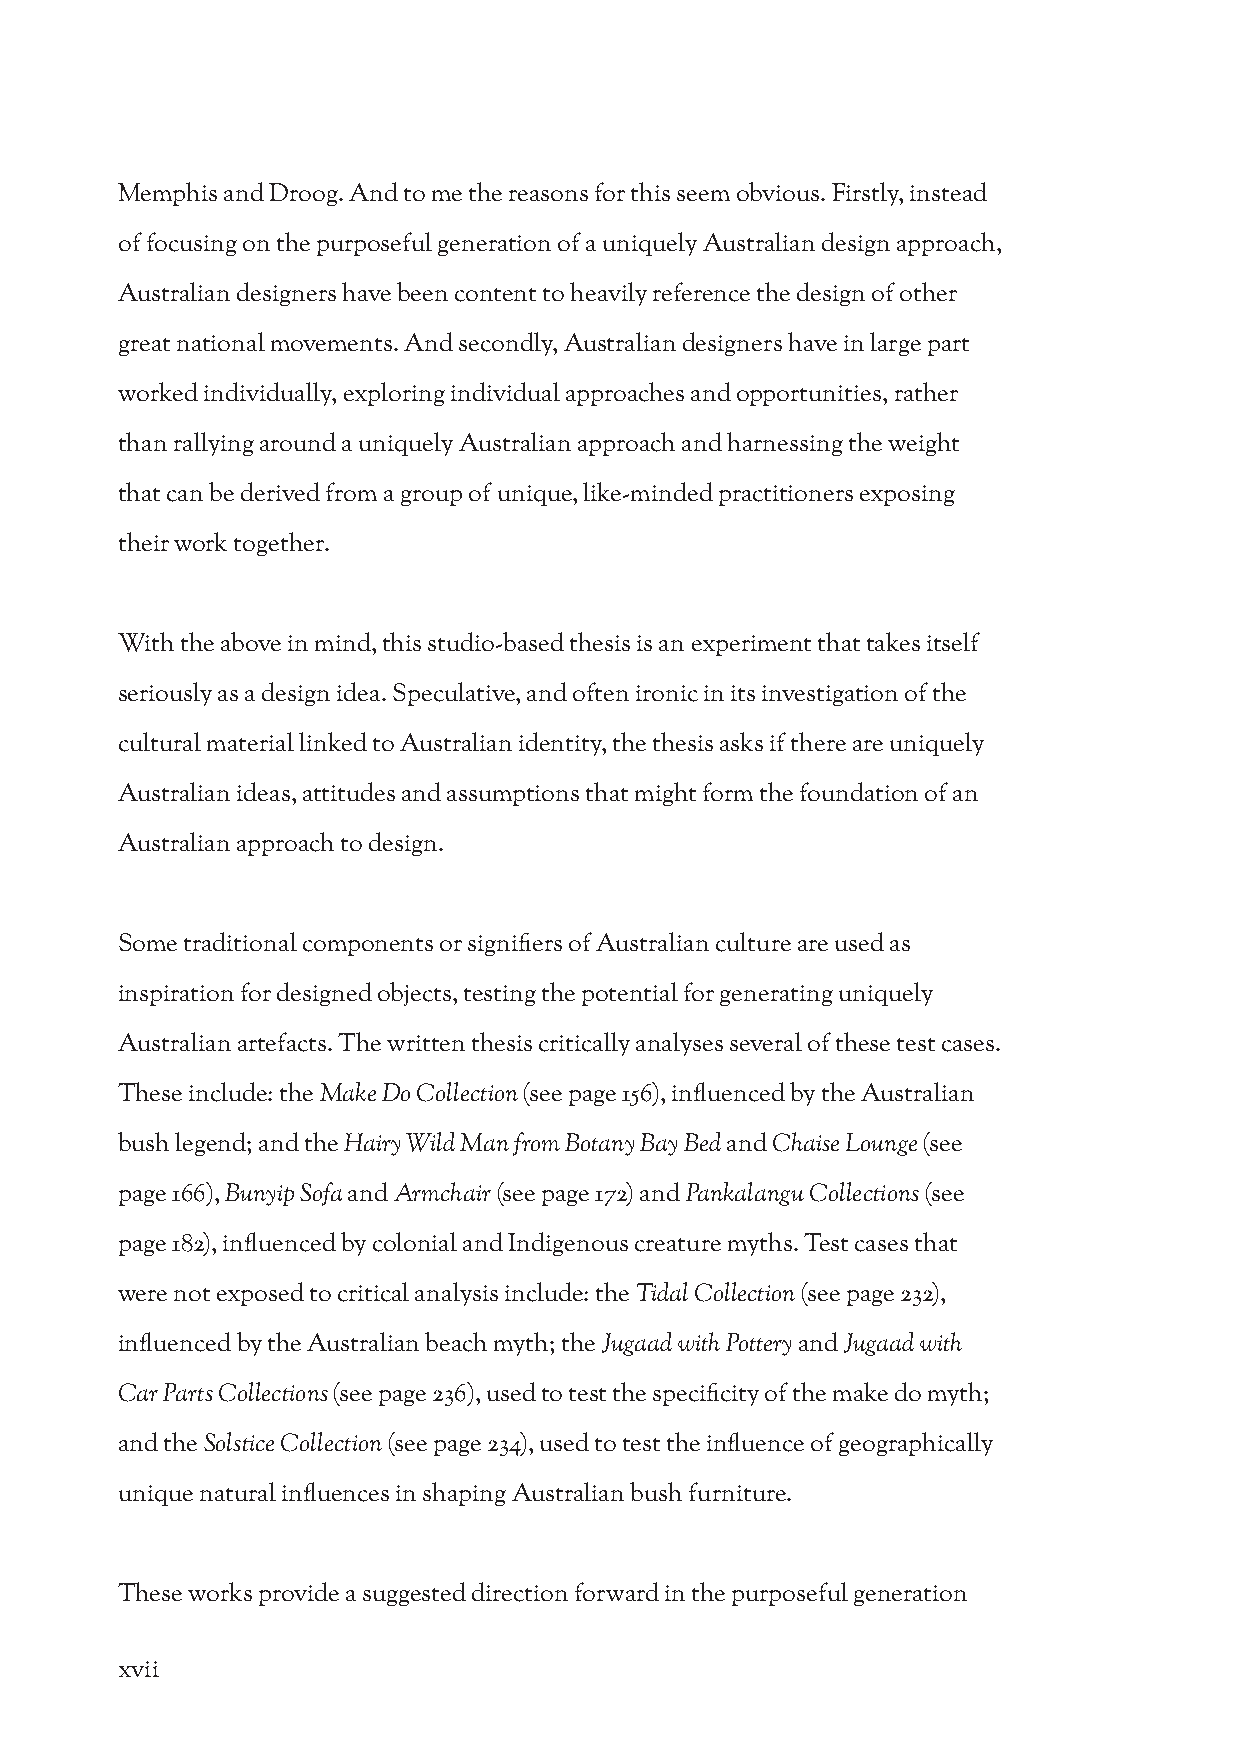
Memphis and Droog. And to me the reasons for this seem obvious. Firstly, instead
 of focusing on the purposeful generation of a uniquely Australian design approach,
 Australian designers have been content to heavily reference the design of other
 great national movements. And secondly, Australian designers have in large part
 worked individually, exploring individual approaches and opportunities, rather
 than rallying around a uniquely Australian approach and harnessing the weight
 that can be derived from a group of unique, like-minded practitioners exposing
 their work together.
 With the above in mind, this studio-based thesis is an experiment that takes itself
 seriously as a design idea. Speculative, and often ironic in its investigation of the
 cultural material linked to Australian identity, the thesis asks if there are uniquely
 Australian ideas, attitudes and assumptions that might form the foundation of an
 Australian approach to design.
 Some traditional components or signifiers of Australian culture are used as
 inspiration for designed objects, testing the potential for generating uniquely
 Australian artefacts. The written thesis critically analyses several of these test cases.
 These include: the Make Do Collection (see page 156), influenced by the Australian
 bush legend; and the Hairy Wild Man from Botany Bay Bed and Chaise Lounge (see
 page 166), Bunyip Sofa and Armchair (see page 172) and Pankalangu Collections (see
 page 182), influenced by colonial and Indigenous creature myths. Test cases that
 were not exposed to critical analysis include: the Tidal Collection (see page 232),
 influenced by the Australian beach myth; the Jugaad with Pottery and Jugaad with
 Car Parts Collections (see page 236), used to test the specificity of the make do myth;
 and the Solstice Collection (see page 234), used to test the influence of geographically
 unique natural influences in shaping Australian bush furniture.
 These works provide a suggested direction forward in the purposeful generation
 xvii